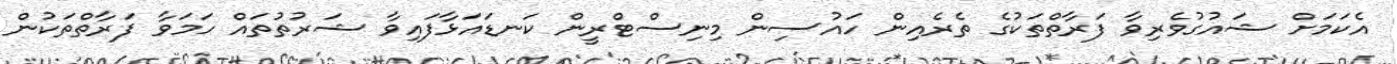
އެކަމަށް ޝައުގުވެރިވާ ފަރާތްތަކުގެ ތެރެއިން ހައުސިން މިނިސްޓްރީން ކަނޑައަޅާފައިވާ ޝަރުތުތައް ހަމަވާ ފަރާތްތަކުން